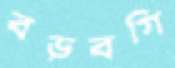
বড়বগি